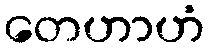
တေဟာဟံ